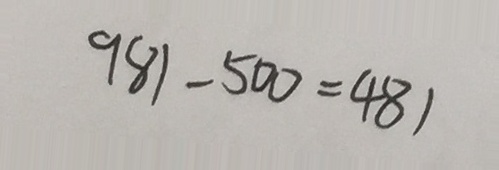
9 8 1 - 5 0 0 = 4 8 1